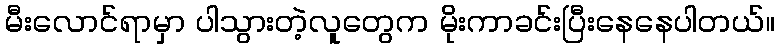
မီးလောင်ရာမှာ ပါသွားတဲ့လူတွေက မိုးကာခင်းပြီးနေနေပါတယ်။